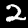
Digit: 2